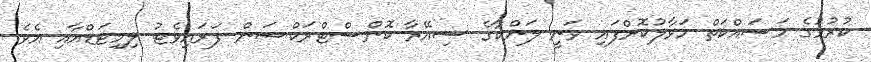
ކުރުމުގެ މަސައްކަތް ހަވާލުކޮށްފައި ވަނީ ލަންކާގެ ސިއޭރާ ކޮންސްޓްރަކްޝަން ޕަރައިވެޓު ލިމިޓަޑްއާއި އެވެ.